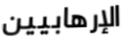
الإرهابيين